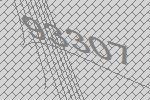
93307